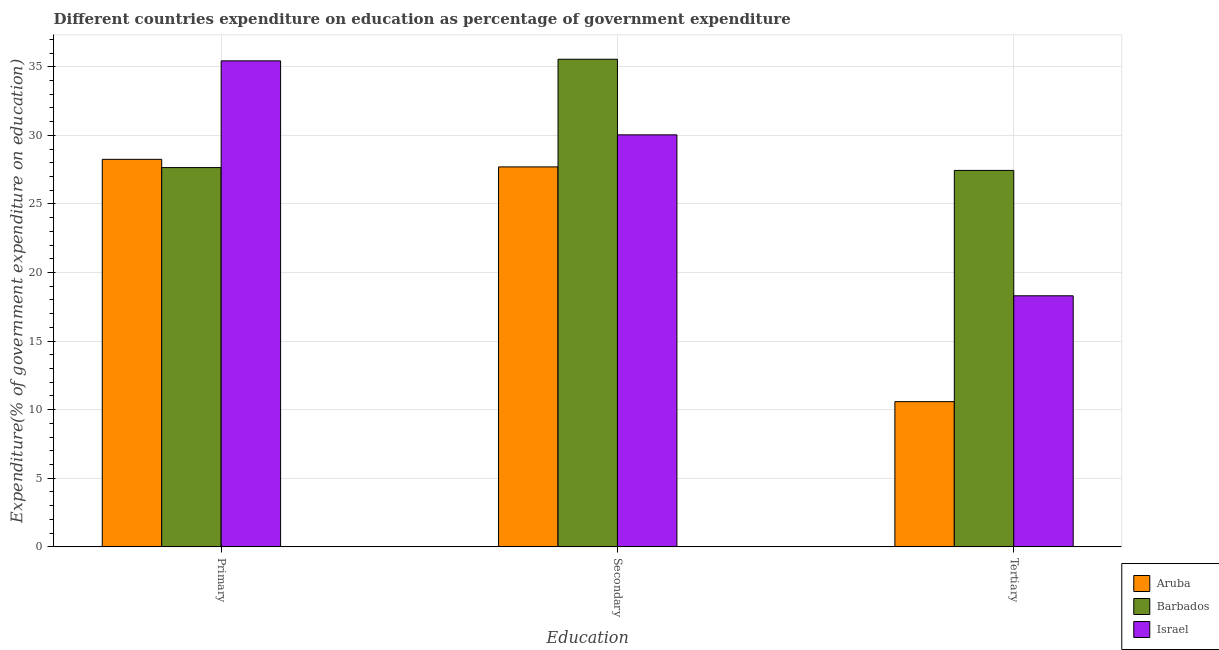
| Education | Aruba | Barbados | Israel |
 | --- | --- | --- | --- |
 | Primary | 28.2 | 27.6 | 35.4 |
 | Secondary | 27.7 | 35.5 | 30 |
 | Tertiary | 10.6 | 27.4 | 18.3 |